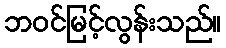
ဘဝင်မြင့်လွန်းသည်။